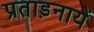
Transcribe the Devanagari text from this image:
प्रताड़नायें